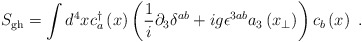
\begin{align*}S_{\rm gh}=\int d^{4}x c^{\dagger}_{a} \left(x\right) \left(\frac{1}{i}\partial_{3}\delta^{ab}+ig\epsilon^{3ab} a_{3} \left(x_{\perp}\right)\right)c_{b} \left(x\right) \ .\end{align*}